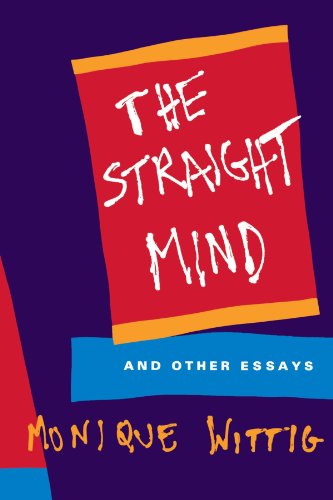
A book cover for The Straight Mind: And Other Essays; Monique Wittig; Gay & Lesbian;